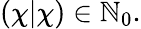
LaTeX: (\chi|\chi)\in\mathbb{N}_{0}.